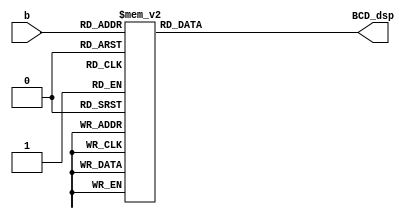
`timescale 1ns / 1ps
//////////////////////////////////////////////////////////////////////////////////
// Company: 
// Engineer: 
// 
// Design Name: 
// Module Name: lab4_3BCDto7seg
// Project Name: 
// Target Devices: 
// Tool Versions: 
// Description: 
// 
// Dependencies: 
// 
// Revision:
// Revision 0.01 - File Created
// Additional Comments:
// 
//////////////////////////////////////////////////////////////////////////////////


`define SS_0 8'b00000011
`define SS_1 8'b10011111
`define SS_2 8'b00100101
`define SS_3 8'b00001101
`define SS_4 8'b10011001
`define SS_5 8'b01001001
`define SS_6 8'b01000001
`define SS_7 8'b00011111
`define SS_8 8'b00000001
`define SS_9 8'b00001001

module lab4_3BCDto7seg(
b,
BCD_dsp
    );
input [3:0]b;
output reg [7:0]BCD_dsp;
always @*
case (b)
4'd0: BCD_dsp = `SS_0;
4'd1: BCD_dsp = `SS_1;
4'd2: BCD_dsp = `SS_2;
4'd3: BCD_dsp = `SS_3;
4'd4: BCD_dsp = `SS_4;
4'd5: BCD_dsp = `SS_5;
4'd6: BCD_dsp = `SS_6;
4'd7: BCD_dsp = `SS_7;
4'd8: BCD_dsp = `SS_8;
default: BCD_dsp = `SS_9;
endcase
endmodule